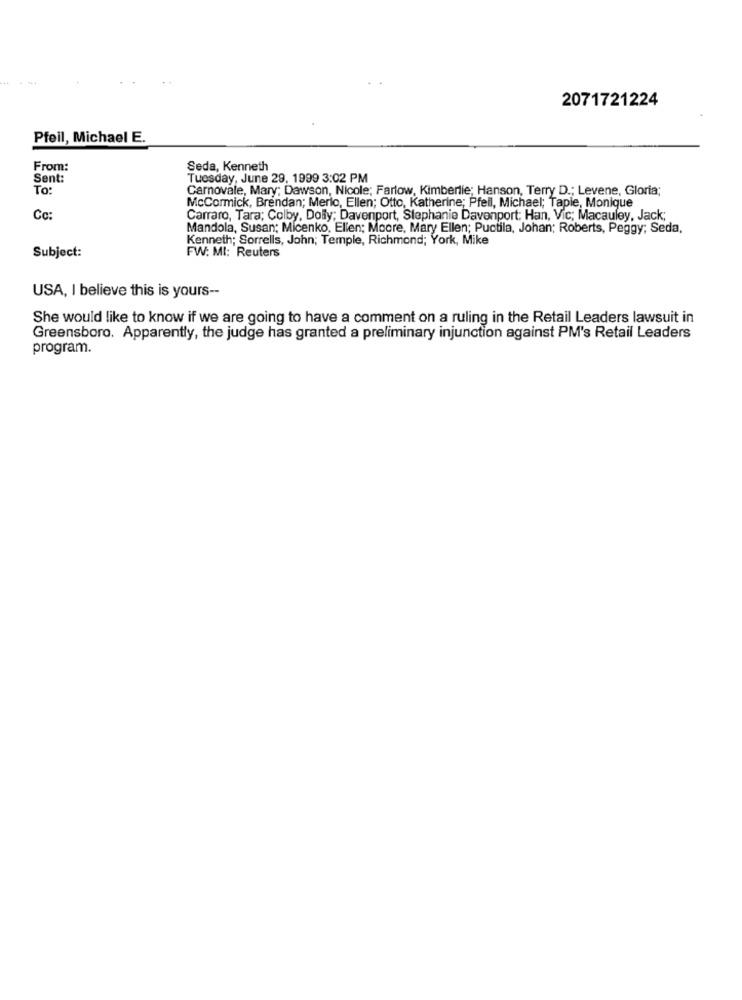
2071721224
Pfeil, Michael E.
From:
Seda, Kenneth
Sent:
Tuesday, June 29, 1999 3:02 PM
To:
Carnovale, Mary: Dawson, Nicole; Farlow, Kimberlie; Hanson, Terry D .; Levene, Gloria;
McCormick, Brendan; Merlo, Ellen; Otto, Katherine; Pfeil, Michael; Tapie, Monique
Co
Carraro, Tara; Colby, Dolly; Davenport, Stephanie Davenport: Han, Vic; Macauley, Jack;
Mandola, Susan; Micenko, Ellen; Moore, Mary Ellen; Puctila, Johan; Roberts, Peggy; Seda,
Kenneth; Sorrells, John; Temple, Richmond; York, Mike
FW: MI: Reuters
Subject:
USA, I believe this is yours --
She would like to know if we are going to have a comment on a ruling in the Retail Leaders lawsuit in
Greensboro. Apparently, the judge has granted a preliminary injunction against PM's Retail Leaders
program.